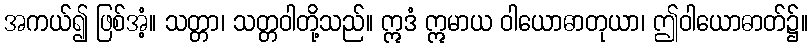
အကယ်၍ ဖြစ်အံ့။ သတ္တာ၊ သတ္တဝါတို့သည်။ ဣဒံ ဣမာယ ဝါယောဓာတုယာ၊ ဤဝါယောဓာတ်၌။